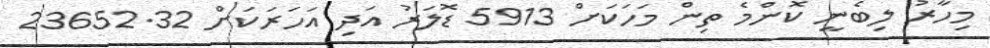
މިހާރު ލިބެނީ ކޮންމެ ތިން މަހަކަށް 5913 ޑޮލަރު އަދި އަހަރަކަށް 23652.32